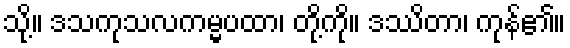
သို့။ ဒသကုသလကမ္မပထာ၊ တို့ကို။ ဒဿိတာ၊ ကုန်၏။